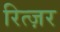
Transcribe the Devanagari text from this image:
रित्ज़र